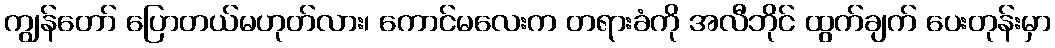
ကျွန်တော် ပြောတယ်မဟုတ်လား၊ ကောင်မလေးက တရားခံကို အလီဘိုင် ထွက်ချက် ပေးတုန်းမှာ